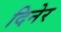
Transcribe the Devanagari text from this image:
दिनेर